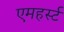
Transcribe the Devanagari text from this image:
एमहर्स्‍ट